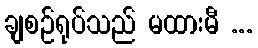
ချစဉ်ရုပ်သည် မထားမီ ...